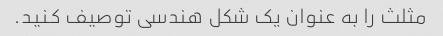
مثلث را به عنوان یک شکل هندسی توصیف کنید.